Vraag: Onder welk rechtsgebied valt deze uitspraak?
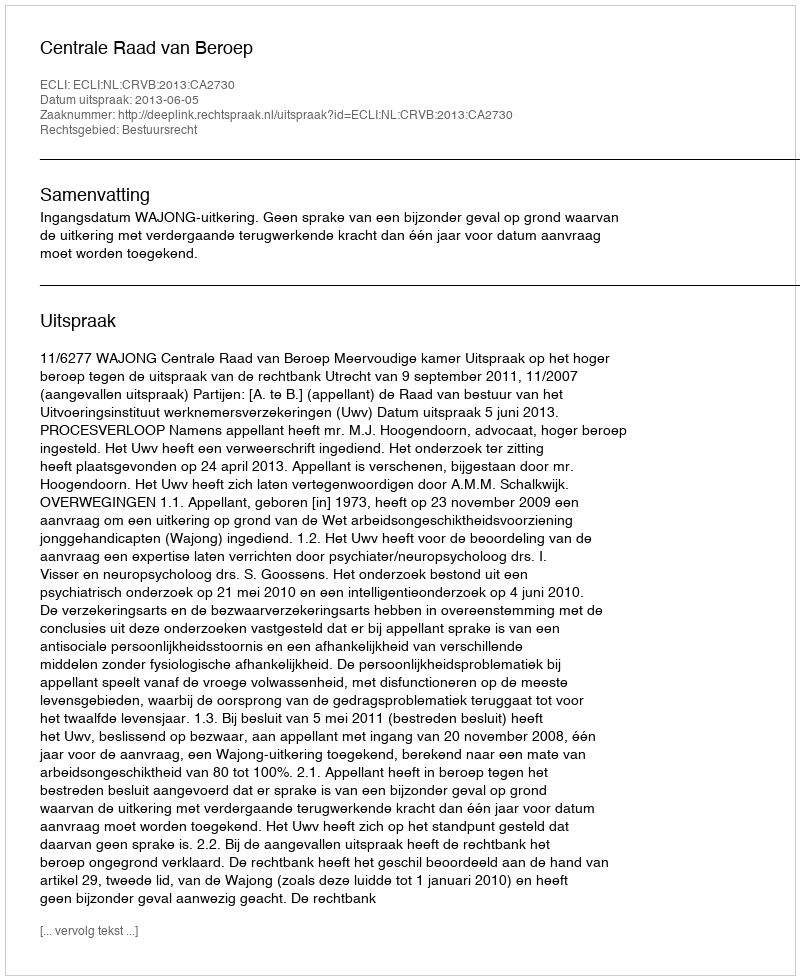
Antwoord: Bestuursrecht